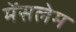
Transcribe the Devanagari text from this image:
मेंसलेम